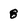
Character: 8